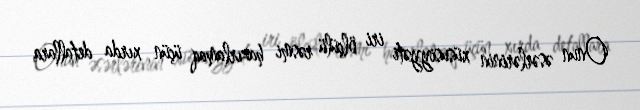
Onun əsərlərinin xüsusiyyəti iri ölçülü rəsmi hazırlamaq üçün xırda detallara